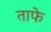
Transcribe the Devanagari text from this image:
ताफे